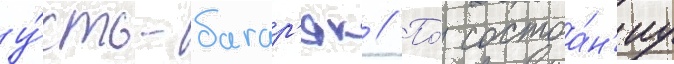
у́сть-багар'як // По́ состоа́н'иу